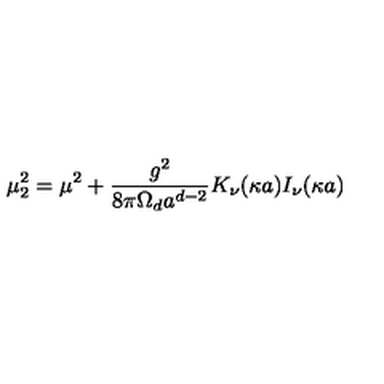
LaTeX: \mu _ { 2 } ^ { 2 } = \mu ^ { 2 } + { \frac { g ^ { 2 } } { 8 { \pi } \Omega _ { d } a ^ { d - 2 } } } K _ { \nu } ( \kappa a ) I _ { \nu } ( \kappa a )